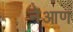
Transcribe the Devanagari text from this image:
नेआण